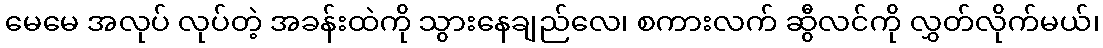
မေမေ အလုပ် လုပ်တဲ့ အခန်းထဲကို သွားနေချည်လေ၊ စကားလက် ဆွီလင်ကို လွှတ်လိုက်မယ်၊